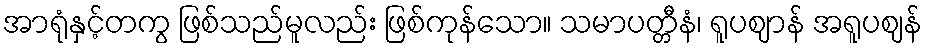
အာရုံနှင့်တကွ ဖြစ်သည်မူလည်း ဖြစ်ကုန်သော။ သမာပတ္တီနံ၊ ရူပဈာန် အရူပဈန်